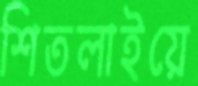
শিতলাইয়ে